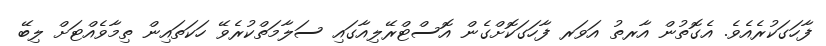
ފާހަގަކުރެއެވެ. އެގޮތުން އާރތު އަވަރ ފާހަގަކޮށްގެން އޮސްޓްރޭލިއާގައި ސަލާމަތްކުރެވޭ ހަކަތައިން ތިމާވެއްޓަށް ލިބޭ